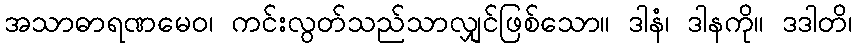
အသာဓာရဏမေဝ၊ ကင်းလွတ်သည်သာလျှင်ဖြစ်သော။ ဒါနံ၊ ဒါနကို။ ဒဒါတိ၊